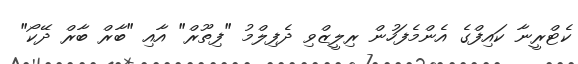
ކެޓްރީނާ ކައިފްގެ އެންމެފަހުން ރިލީޒްވި ދެފިލްމު "ފިތޫރް" އާއި "ބާރް ބާރް ދޭކޯ"